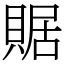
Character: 䝻